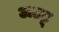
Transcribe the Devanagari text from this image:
अटटू